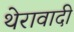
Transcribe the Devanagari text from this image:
थेरावादी